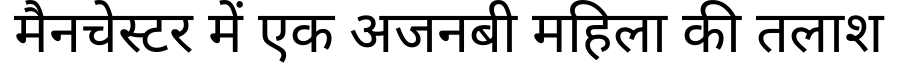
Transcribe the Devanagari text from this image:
मैनचेस्टर में एक अजनबी महिला की तलाश